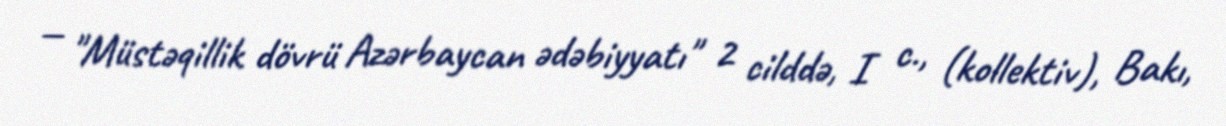
— "Müstəqillik dövrü Azərbaycan ədəbiyyatı" 2 cilddə, I c., (kollektiv), Bakı,